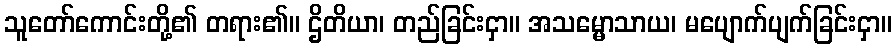
သူတော်ကောင်းတို့၏ တရား၏။ ဌိတိယာ၊ တည်ခြင်းငှာ။ အသမ္မောသာယ၊ မပျောက်ပျက်ခြင်းငှာ။